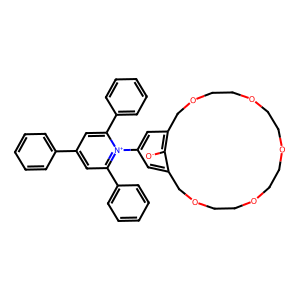
SMILES: [O-]c1c2cc(-[n+]3c(-c4ccccc4)cc(-c4ccccc4)cc3-c3ccccc3)cc1COCCOCCOCCOCCOC2
Inhibits HIV replication: No